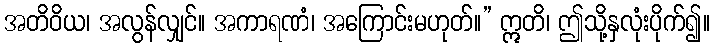
အတိဝိယ၊ အလွန်လျှင်။ အကာရဏံ၊ အကြောင်းမဟုတ်။” ဣတိ၊ ဤသို့နှလုံးပိုက်၍။